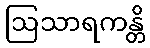
ဩသာရကန္တိ